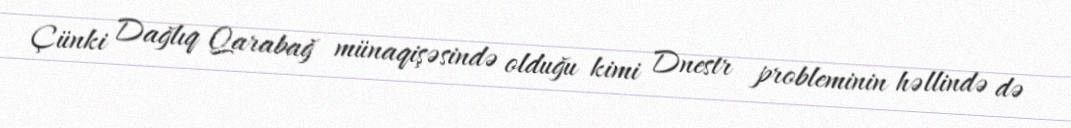
Çünki Dağlıq Qarabağ münaqişəsində olduğu kimi Dnestr probleminin həllində də